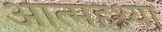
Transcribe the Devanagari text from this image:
आत्महथ्या